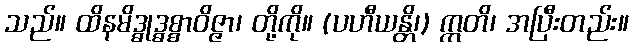
သည်။ ထိနမိဒ္ဓုဒ္ဓစ္စာဝိဇ္ဇာ၊ တို့ကို။ (ပဟီယန္တိ၊) ဣတိ၊ အပြီးတည်း။